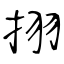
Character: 挧